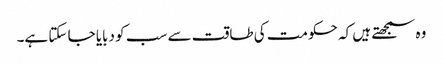
وہ سمجھتے ہیں کہ حکومت کی طاقت سے سب کو دبایا جا سکتا ہے۔